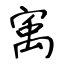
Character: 㝢